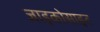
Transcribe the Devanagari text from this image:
जाइकोसाइट